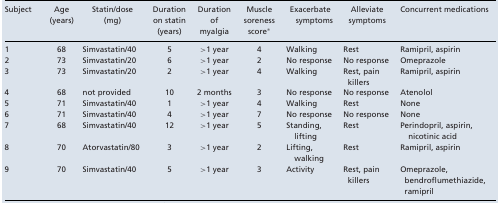
<table><thead><tr><td><b>Subject</b></td><td><b>Age (years)</b></td><td><b>Statin/dose (mg)</b></td><td><b>Duration on statin (years)</b></td><td><b>Duration of myalgia</b></td><td><b>Muscle soreness score*</b></td><td><b>Exacerbate symptoms</b></td><td><b>Alleviate symptoms</b></td><td><b>Concurrent medications</b></td></tr></thead><tbody><tr><td>1</td><td>68</td><td>Simvastatin/40</td><td>5</td><td>&gt;1 year</td><td>4</td><td>Walking</td><td>Rest</td><td>Ramipril, aspirin</td></tr><tr><td>2</td><td>73</td><td>Simvastatin/20</td><td>6</td><td>&gt;1 year</td><td>2</td><td>No response</td><td>No response</td><td>Omeprazole</td></tr><tr><td>3</td><td>73</td><td>Simvastatin/20</td><td>2</td><td>&gt;1 year</td><td>4</td><td>Walking</td><td>Rest, pain</td><td>Ramipril, aspirin</td></tr><tr><td></td><td></td><td></td><td></td><td></td><td></td><td></td><td>killers</td><td></td></tr><tr><td>4</td><td>68</td><td>not provided</td><td>10</td><td>2 months</td><td>3</td><td>No response</td><td>No response</td><td>Atenolol</td></tr><tr><td>5</td><td>71</td><td>Simvastatin/40</td><td>1</td><td>&gt;1 year</td><td>4</td><td>Walking</td><td>Rest</td><td>None</td></tr><tr><td>6</td><td>71</td><td>Simvastatin/40</td><td>4</td><td>&gt;1 year</td><td>7</td><td>No response</td><td>No response</td><td>None</td></tr><tr><td>7</td><td>68</td><td>Simvastatin/40</td><td>12</td><td>&gt;1 year</td><td>5</td><td>Standing, lifting</td><td>Rest</td><td>Perindopril, aspirin, nicotinic acid</td></tr><tr><td>8</td><td>70</td><td>Atorvastatin/80</td><td>3</td><td>&gt;1 year</td><td>2</td><td>Lifting, walking</td><td>Rest</td><td>Ramipril, aspirin</td></tr><tr><td>9</td><td>70</td><td>Simvastatin/40</td><td>5</td><td>&gt;1 year</td><td>3</td><td>Activity</td><td>Rest, pain</td><td>Omeprazole,</td></tr><tr><td></td><td></td><td></td><td></td><td></td><td></td><td></td><td>killers</td><td>bendroflumethiazide,</td></tr><tr><td></td><td></td><td></td><td></td><td></td><td></td><td></td><td></td><td>ramipril</td></tr></tbody></table>